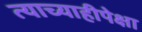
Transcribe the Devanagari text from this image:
त्याच्याहीपेक्षा